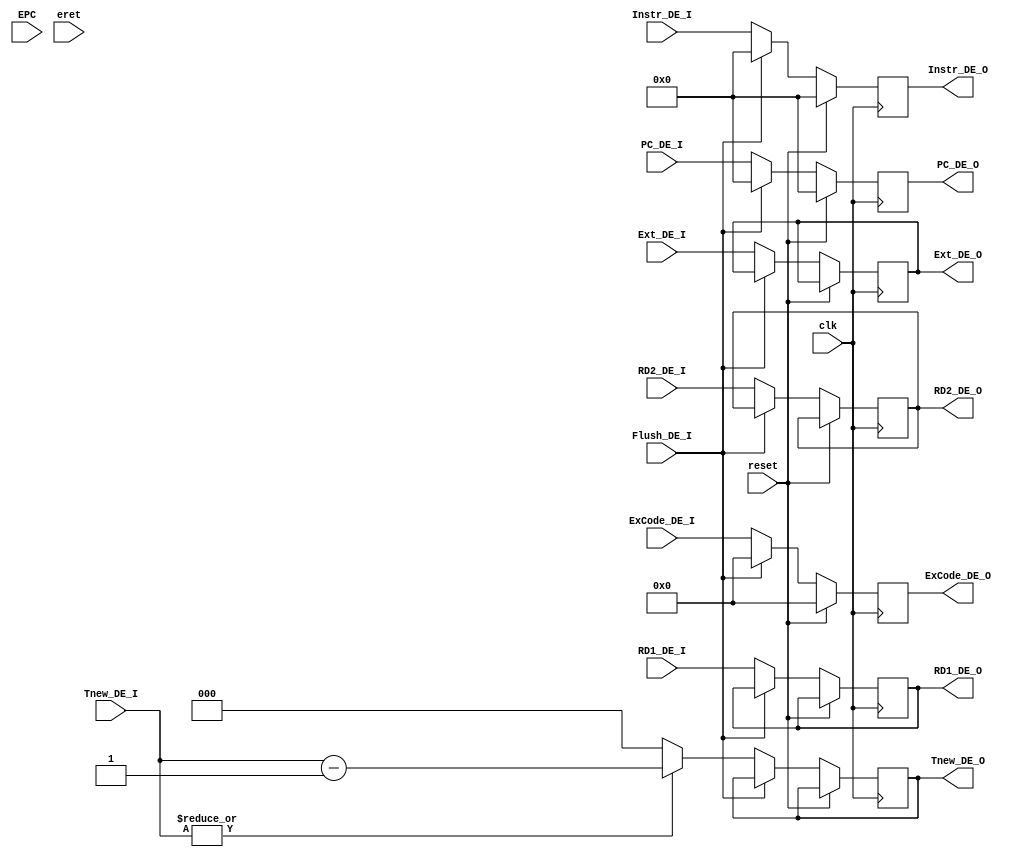
`timescale 1ns / 1ps
module DEReg(
    input clk,
    input reset,
	 input Flush_DE_I,
    input [31:0] Instr_DE_I,
	 input [8:2] ExCode_DE_I,
    input [31:0] PC_DE_I,
    input [31:0] RD1_DE_I,
    input [31:0] RD2_DE_I,
	 input [2:0] Tnew_DE_I,
	 input [31:0] Ext_DE_I,
	 input [31:0] EPC,
	 input eret,
    output reg [31:0] Instr_DE_O,
	 output reg [31:0] PC_DE_O,
	 output reg [31:0] RD1_DE_O,
	 output reg [31:0] RD2_DE_O,
    output reg [2:0]  Tnew_DE_O,
	 output reg [31:0] Ext_DE_O,
	 output reg [8:2] ExCode_DE_O
    );
	 initial begin
		Instr_DE_O <= 32'h0000_0000;
		PC_DE_O    <= 32'h0000_0000;
		RD1_DE_O   <= 0;
		RD2_DE_O   <= 0;
		Ext_DE_O   <= 0;
		Tnew_DE_O  <= 0;
	   ExCode_DE_O <= 0;
	 end
	 always @(posedge clk)begin
		 if(reset)begin
			Instr_DE_O <= 32'h0000_0000;
			PC_DE_O    <= 0;
			ExCode_DE_O <= 0;
		 end
		 else begin
			 if(Flush_DE_I)begin
				Instr_DE_O <= 32'h0000_0000;
				PC_DE_O    <= 0;
				ExCode_DE_O <= 0;
			 end
			 else begin
				 Instr_DE_O <= Instr_DE_I;
				 PC_DE_O    <= PC_DE_I;
				 RD1_DE_O   <= RD1_DE_I;
				 RD2_DE_O   <= RD2_DE_I;
				 Tnew_DE_O  <= (|Tnew_DE_I) ? Tnew_DE_I-1 : 0;
				 Ext_DE_O <= Ext_DE_I;
				 ExCode_DE_O <= ExCode_DE_I;
			 end
		 end
	 end

endmodule